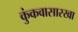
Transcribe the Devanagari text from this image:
कुंकवासारखा